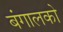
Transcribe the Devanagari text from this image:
बंगालको